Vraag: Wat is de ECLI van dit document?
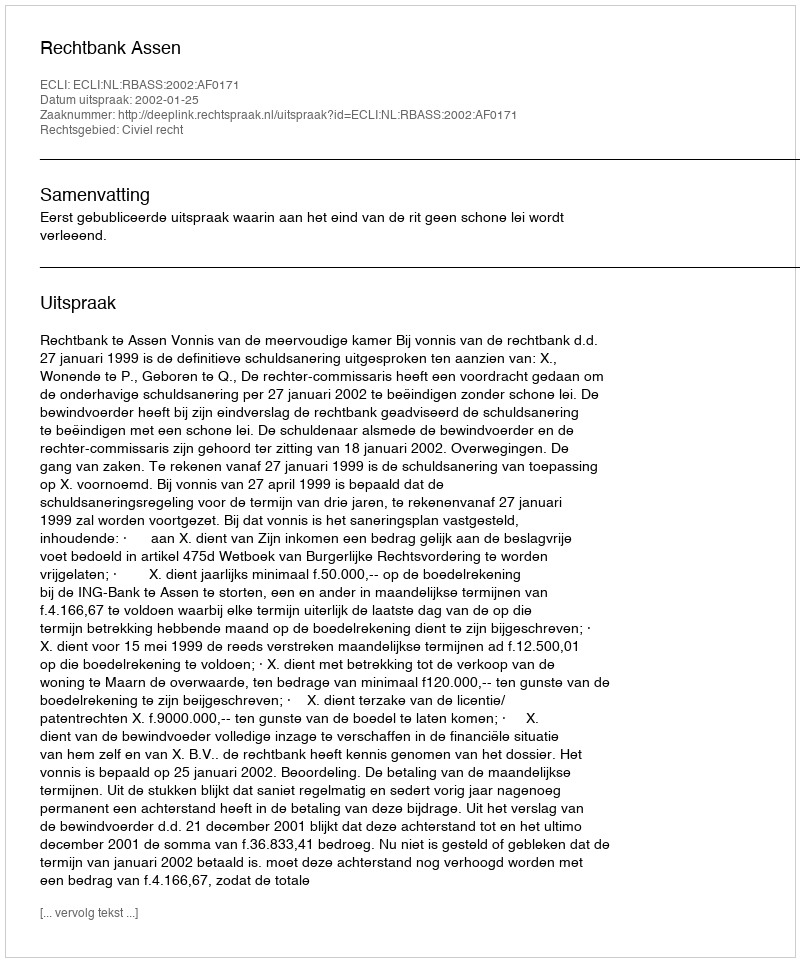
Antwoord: ECLI:NL:RBASS:2002:AF0171